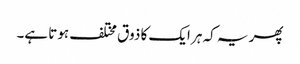
پھر یہ کہ ہر ایک کا ذوق مختلف ہوتا ہے۔